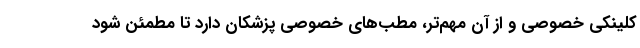
کلینکی خصوصی و از آن مهم‌تر، مطب‌های خصوصی پزشکان دارد تا مطمئن شود